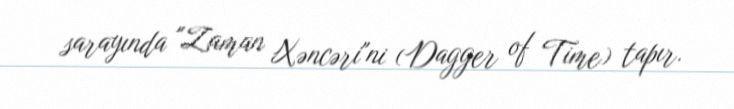
sarayında "Zaman Xəncəri"ni (Dagger of Time) tapır.